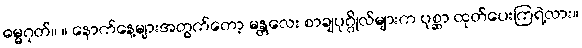
ဓမ္မဂုတ်။ ။ နောက်နေ့များအတွက်တော့ မန္တလေး စာချပုဂ္ဂိုလ်များက ပုစ္ဆာ ထုတ်ပေးကြရဲ့လား။